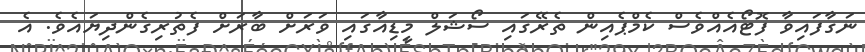
ނަގާފައިވާ ފޮޓޯއެއްވެސް ކެމްޕެއިން ތެރޭގައި ސޯޝަލް މީޑިއާގައި ވަރަށް ބާރަށް ފެތުރިގެންދިޔައެވެ. އެ